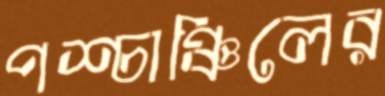
পশ্চাঞ্চিলের